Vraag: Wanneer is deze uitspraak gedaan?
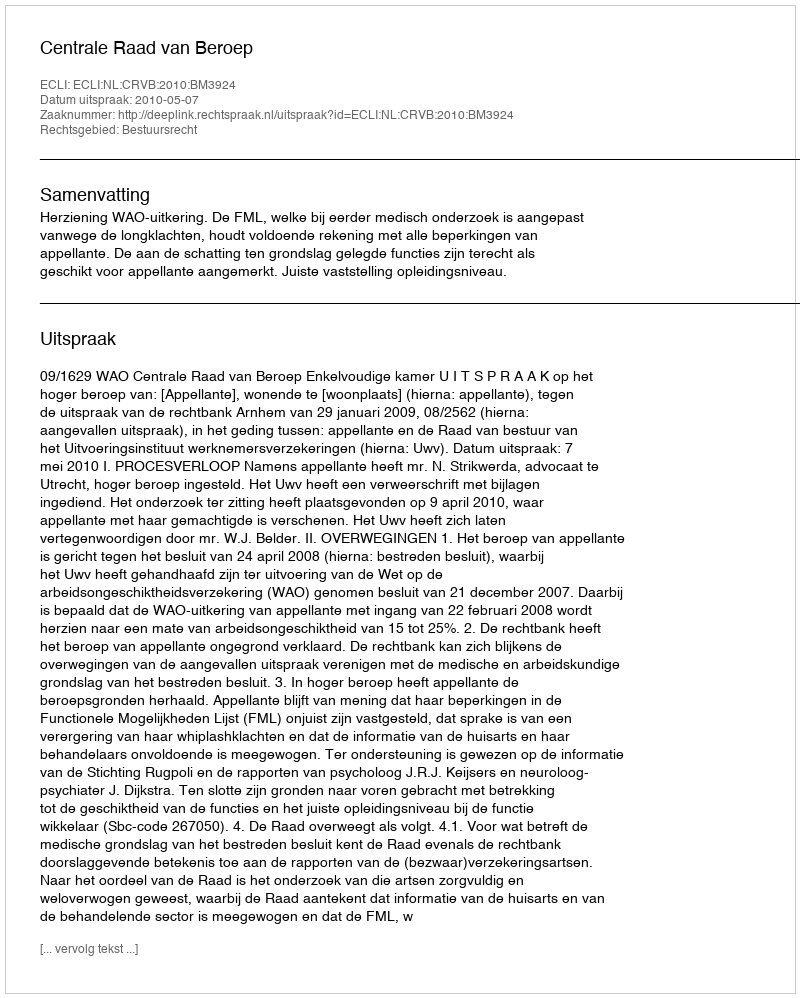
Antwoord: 2010-05-07